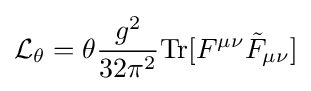
{\mathcal {L}}_{\theta }=\theta {\frac {g^{2}}{32\pi ^{2}}}{\text{Tr}}[F^{\mu \nu }{\tilde {F}}_{\mu \nu }]